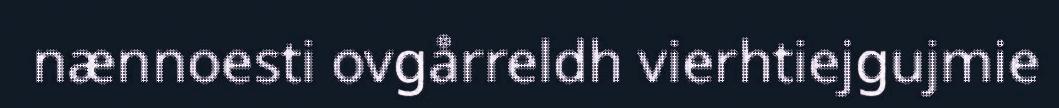
nænnoesti ovgårreldh vierhtiejgujmie